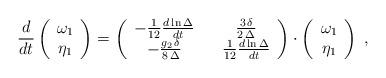
LaTeX: \begin{align*} \frac{d}{dt} \left( \begin{array}{c} \omega_1 \\ \eta_1 \end{array} \right) = \left( \begin{array}{ccc} - \frac{1}{12} \frac{d \ln\Delta}{dt} && \frac{3\,\delta}{2\,\Delta} \\ - \frac{g_2 \, \delta}{8 \, \Delta}& & \frac{1}{12} \frac{d \ln \Delta}{dt} \end{array} \right) \cdot \left( \begin{array}{c} \omega_1 \\ \eta_1 \end{array} \right) \;, \end{align*}